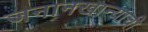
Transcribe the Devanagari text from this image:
जनानखान्याची